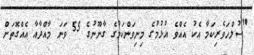
"ސުލްހަވެރިކަމާ އެކު އެއްވެ އުޅުމުގެ މިނިވަންކަމުގެ ގާނޫނުގެ 55 ވަނަ މާއްދާއާ އެއްގޮތަށް